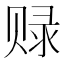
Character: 𲃃